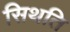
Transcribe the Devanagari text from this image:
सिथति